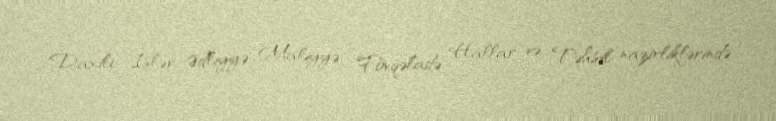
Daxili İşlər, Ədliyyə, Maliyyə, Fövqəladə Hallar və Təhsil nazirliklərində